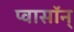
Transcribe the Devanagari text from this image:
प्वासॉन्‌